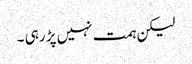
لیکن ہمت نہیں پڑ رہی ۔